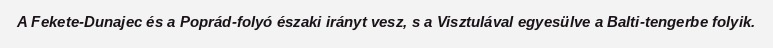
A Fekete-Dunajec és a Poprád-folyó északi irányt vesz, s a Visztulával egyesülve a Balti-tengerbe folyik.